Relation of titanus [i.e. tetanus] to the hypodermic or intramuscular injection of quinine - Number 43
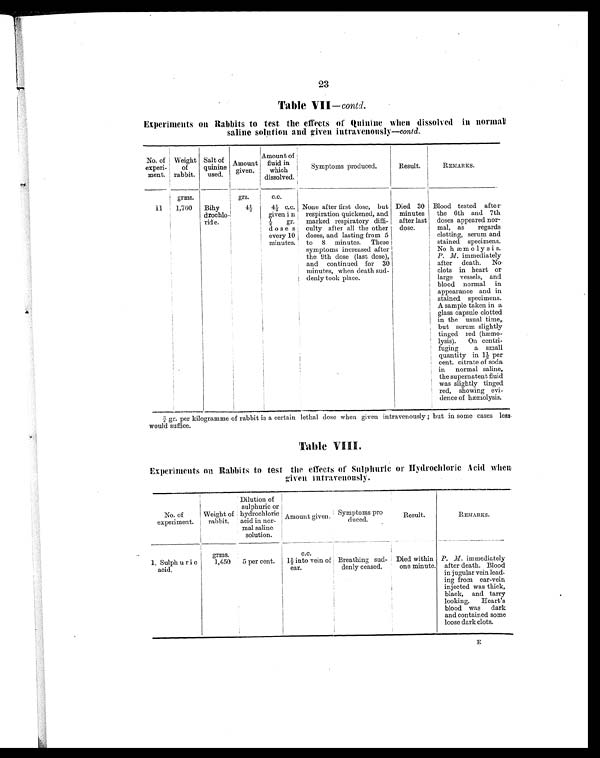
23
Table VII — contd.
Experiments on Rabbits to test the effects of Quinine when dissolved in normal
saline solution and given intravenously —contd.
No. of
experi-
ment.
Weight
of
rabbit.
Salt of
quinine
used.
Amount
given.
Amount of
fluid in
which
dissolved.
Symptoms produced.
Result.
REMARKS.
grms.
grs.
c.c.
1 1
1,760
Bihy
drochlo-
ride.
4½
4½ c.c.
given in
½ gr.
doses
every 10
minutes.
None after first dose, but
respiration quickened, and
marked respiratory diffi-
culty after all the other
doses, and lasting from 5
to 8 minutes. These
symptoms increased after
the 9th dose (last dose),
and continued for 30
minutes, when death sud-
denly took place.
Died 30
minutes
after last
dose.
Blood tested after
the 6th and 7th
doses appeared nor-
mal, as regards
clotting, serum and
stained specimens.
No hæmolysis.
P. M. immediately
after death. No
clots in heart or
large vessels, and
blood normal in
appearance and in
stained specimens.
A sample taken in a
glass capsule clotted
in the usual time,
but serum slightly
tinged red (hæmo-
lysis). On centri-
fuging a small
quantity in 1½ per
cent. citrate of soda
in normal saline,
the supernatent fluid
was slightly tinged
red, showing evi-
dence of hæmolysis.
¾ gr. per kilogramme of rabbit is a certain lethal dose when given intravenously; but in some cases less
would suffice.
Table VIII.
Experiments on Rabbits to test the effects of Sulphuric or Hydrochloric Acid when
given intravenously.
No. of
experiment.
Weight of
rabbit.
Dilution of
sulphuric or
hydrochloric
acid in nor-
mal saline
solution.
Amount given.
Symptoms pro
duced
Result.
REMARKS.
grms.
c.c.
1 . S u l p h u r i c
acid.
1,450
5 per cent.
1½ into vein of
ear.
Breathing sud-
denly ceased.
Died within P.M. immediately
one minute. after death. Blood
in jugular vein lead-
ing from ear-vein
injected was thick,
black, and tarry
looking. Heart's
blood was dark
and contained some
loose dark clots.